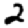
Digit: 2